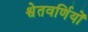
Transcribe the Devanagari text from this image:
श्वेतवर्णियों